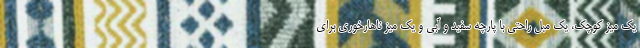
یک میز کوچک، یک مبل راحتی با پارچه سفید و آبی و یک میز ناهارخوری برای